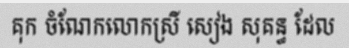
គុក ចំណែកលោកស្រី សៀង សុគន្ធ ដែល